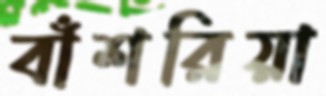
বাঁশরিয়া